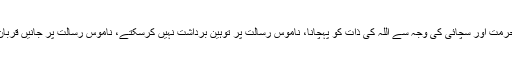
میں نے نبی کریم ﷺ کی حرمت اور سچائی کی وجہ سے اللہ کی ذات کو پہچانا، ناموس رسالت پر توہین برداشت نہیں کرسکتے، ناموس رسالت پر جانیں قربان کرنے کے لیے تیار ہیں۔